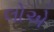
લોએ